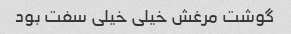
گوشت مرغش خیلی خیلی سفت بود